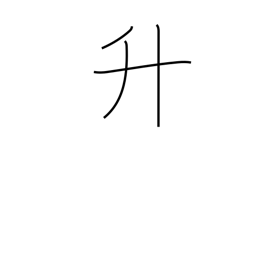
Meaning: measuring box